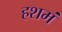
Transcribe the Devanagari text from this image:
हशमं